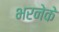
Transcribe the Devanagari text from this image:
भरनेके